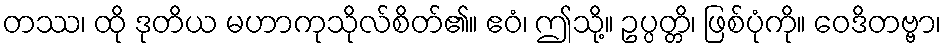
တဿ၊ ထို ဒုတိယ မဟာကုသိုလ်စိတ်၏။ ဧဝံ၊ ဤသို့။ ဥပ္ပတ္တိ၊ ဖြစ်ပုံကို။ ဝေဒိတဗ္ဗာ၊